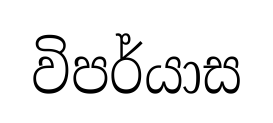
විපර්යාස